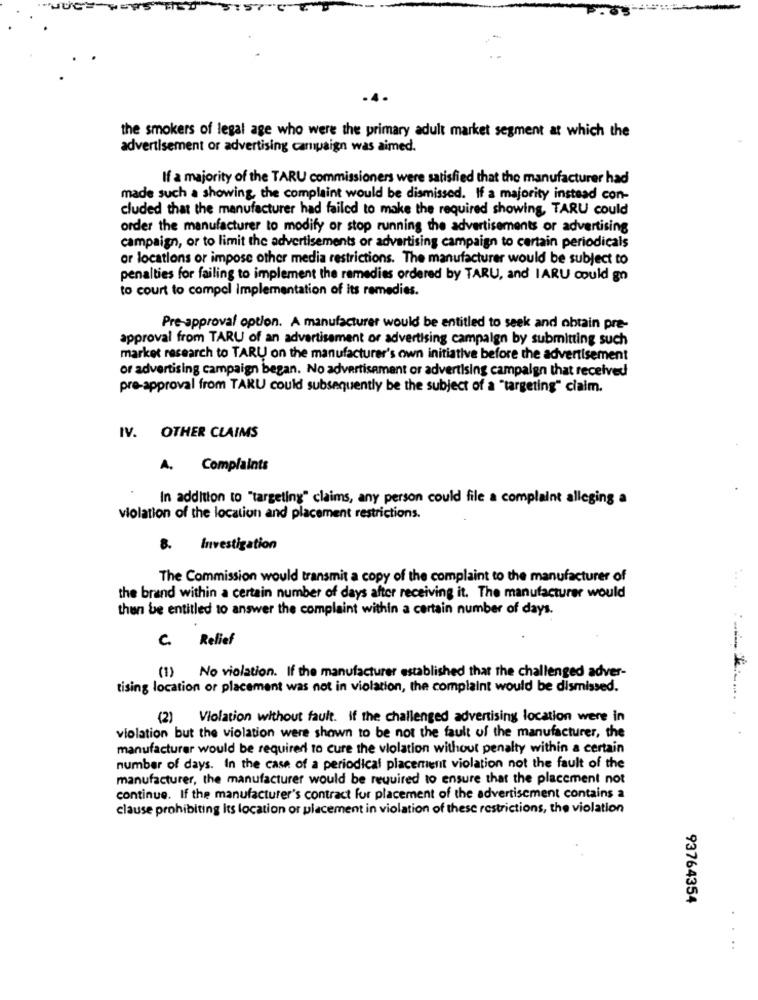
the smokers of legal age who were the primary adult market segment at which the
advertisement or advertising campaign was aimed.
If a majority of the TARU commissioners were satisfied that the manufacturer had
made such a showing, the complaint would be dismissed. If a majority instead con-
cluded that the manufacturer had failed to make the required showing, TARU could
order the manufacturer to modify or stop running the advertisements or advertising
campaign, or to limit the advertisements or advertising campaign to certain periodicals
or locations or impose other media restrictions. The manufacturer would be subject to
penalties for failing to implement the remedies ordered by TARU, and IARU could go
to court to compel Implementation of its remedies.
Pre-approval option. A manufacturer would be entitled to seek and obtain pre-
approval from TARU of an advertisement or advertising campaign by submitting such
market research to TARU on the manufacturer's own initiative before the advertisement
or advertising campaign began. No advertisement or advertising campaign that received
pre-approval from TARU could subsequently be the subject of a "targeting" claim.
IV. OTHER CLAIMS
A. Complaints
In addition to "targeting" claims, any person could file a complaint alleging a
violation of the location and placement restrictions.
8. Investigation
The Commission would transmit a copy of the complaint to the manufacturer of
the brand within a certain number of days after receiving it. The manufacturer would
then be entitled to answer the complaint within a certain number of days.
C. Relief
(1) No violation. If the manufacturer established that the challenged adver-
tising location or placement was not in violation, the complaint would be dismissed.
(2) Violation without fault. if the challenged advertising location were in
......
violation but the violation were shown to be not the fault of the manufacturer, the
manufacturer would be required to cure the violation without penalty within a certain
number of days. In the case of a periodical placement violation not the fault of the
manufacturer, the manufacturer would be required to ensure that the placement not
continue. If the manufacturer's contract for placement of the advertisement contains a
clause prohibiting its location or placement in violation of these restrictions, the violation
93764354
....